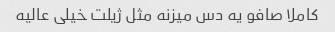
کاملا صافو یه دس میزنه مثل ژیلت خیلی عالیه